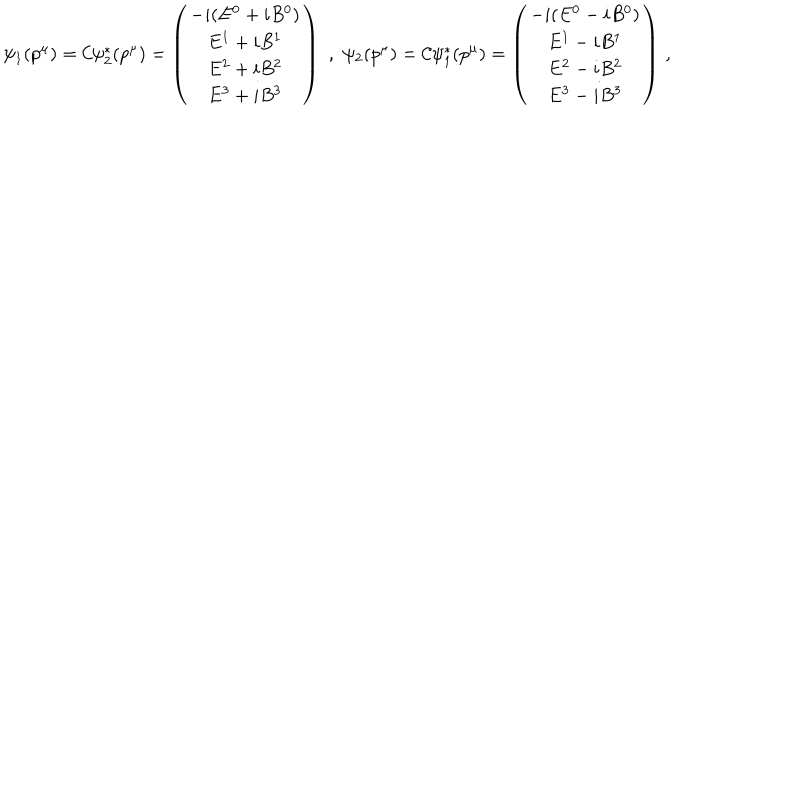
LaTeX: \psi _ { 1 } ( p ^ { \mu } ) = { \cal C } \psi _ { 2 } ^ { \ast } ( p ^ { \mu } ) = \left( \begin{matrix} { { - i ( E ^ { 0 } + i B ^ { 0 } ) } } \\ { { E ^ { 1 } + i B ^ { 1 } } } \\ { { E ^ { 2 } + i B ^ { 2 } } } \\ { { E ^ { 3 } + i B ^ { 3 } } } \\ \end{matrix} \right) \, \, , \, \, \psi _ { 2 } ( p ^ { \mu } ) = { \cal C } \psi _ { 1 } ^ { \ast } ( p ^ { \mu } ) = \left( \begin{matrix} { { - i ( E ^ { 0 } - i B ^ { 0 } ) } } \\ { { E ^ { 1 } - i B ^ { 1 } } } \\ { { E ^ { 2 } - i B ^ { 2 } } } \\ { { E ^ { 3 } - i B ^ { 3 } } } \\ \end{matrix} \right) \, ,